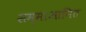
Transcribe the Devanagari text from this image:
सम्माआनित